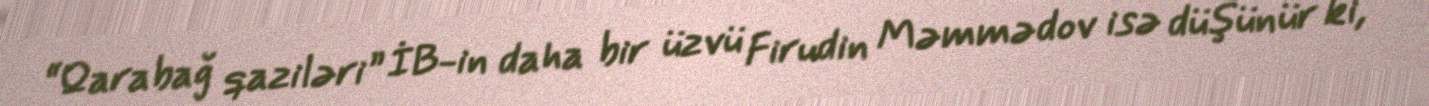
“Qarabağ qaziləri” İB-in daha bir üzvü Firudin Məmmədov isə düşünür ki,